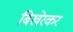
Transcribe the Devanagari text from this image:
बिखेरकर